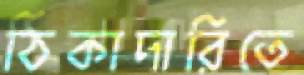
ঠিকাদারিতে